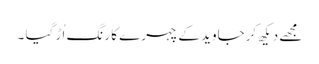
مجھے دیکھ کرجاوید کےچہرے کا رنگ اُڑ گیا ۔